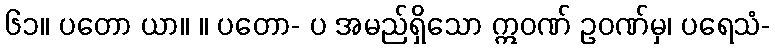
၆၁။ ပတော ယာ။ ။ ပတော- ပ အမည်ရှိသော ဣဝဏ် ဥဝဏ်မှ၊ ပရေသံ-